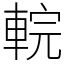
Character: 輐